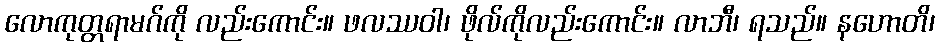
လောကုတ္တရာမဂ်ကို လည်းကောင်း။ ဖလဿဝါ၊ ဖိုလ်ကိုလည်းကောင်း။ လာဘီ၊ ရသည်။ နဟောတိ၊